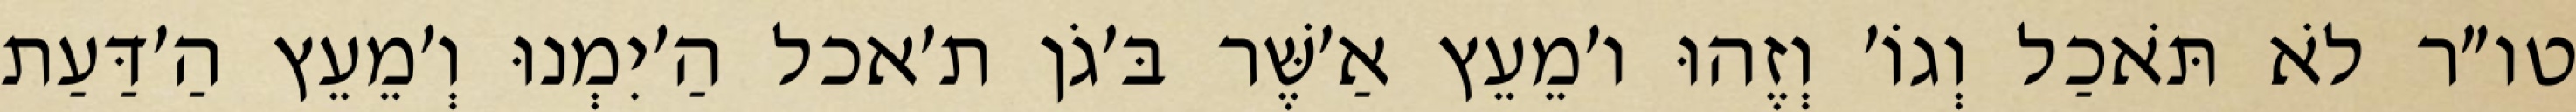
טו״ר לֹא תֹּאכַל וְגוֹ׳ וְזֶהוּ ו׳מֵעֵץ אַ׳שֶּׁר בּ׳גֹן ת׳אכל הַ׳יִמְנוּ וְ׳מֵעֵץ הַ׳דַּעַת